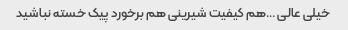
خیلی عالی …هم کیفیت شیرینی هم برخورد پیک خسته نباشید